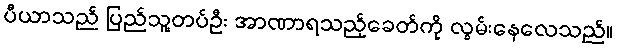
ပီယာသည် ပြည်သူ့တပ်ဦး အာဏာရသည့်ခေတ်ကို လွမ်းနေလေသည်။